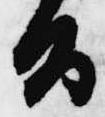
旨